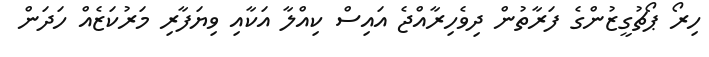
ހިރޯ ޕޯޗުގީޒުންގެ ފަރާތުން ދިވެހިރާއްޖެ އައިސް ކިއްލާ އަކާއި ވިޔަފާރި މަރުކަޒެއް ހަދަން